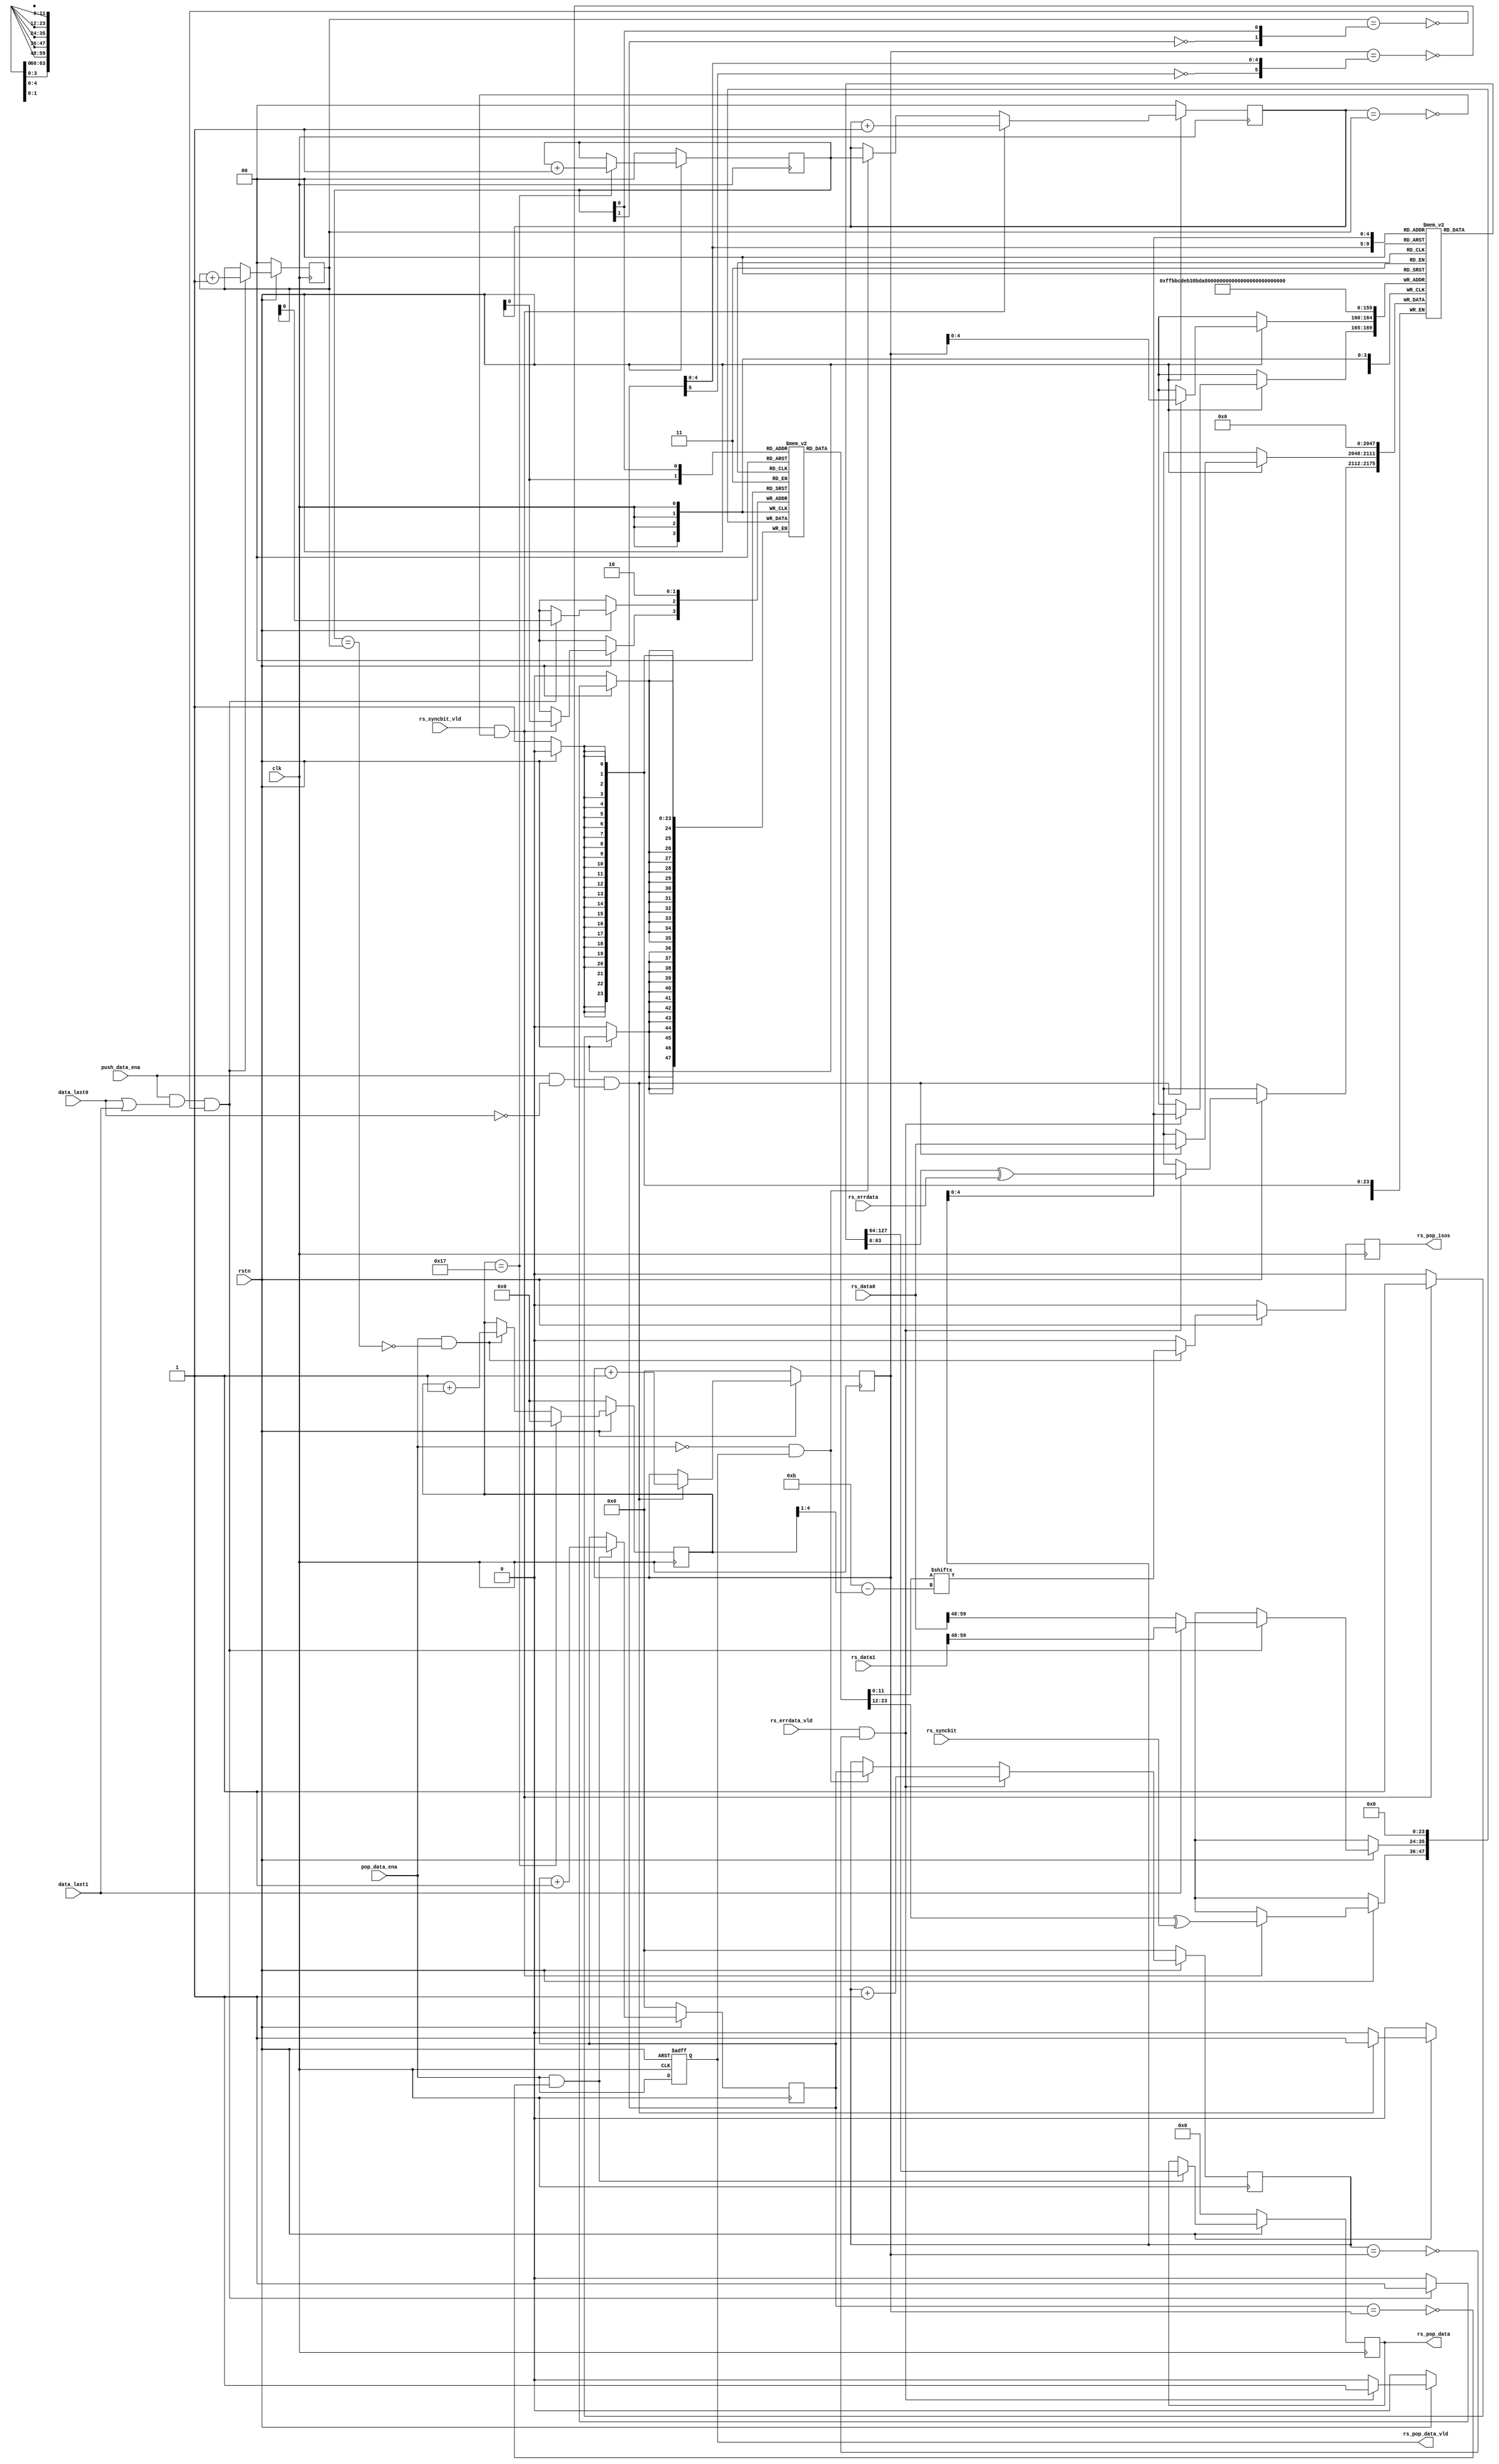
`timescale 1ns / 1ps
//////////////////////////////////////////////////////////////////////////////////
// Engineer:
//
// Design Name:
// Module Name: rs_fifo
// Project Name:
// Description:
//
// Dependencies:
//
// Revision:
// Revision 0.01 - File Created 2023/06/15 11:32:02
// Revision 0.02 - File Created 2023/10/18 20:32:21
// Additional Comments:
//
//////////////////////////////////////////////////////////////////////////////////

`ifndef D
`define D #0.2
`endif

module rs_fifo (
    input wire        clk,
    input wire        rstn,
    input wire        push_data_ena,
    input wire [63:0] rs_data0,
    input wire [63:0] rs_data1,
    input wire        data_last0,
    input wire        data_last1,

    input wire        rs_errdata_vld,
    input wire [63:0] rs_errdata,
    input wire        rs_syncbit_vld,
    input wire [11:0] rs_syncbit,
    input wire        pop_data_ena,

    output reg        rs_pop_data_vld,
    output reg [63:0] rs_pop_data,
    output reg        rs_pop_isos
);
    //======================== common used logics ========================//
    wire        data_last;
    wire [11:0] rs_data_syncbit;
    wire        pop_data_end;

    assign data_last       = data_last0 | data_last1;
    assign rs_data_syncbit = data_last1 ? rs_data1[59:48] : rs_data0[59:48];
    assign pop_data_end    = ~pop_data_ena & rs_pop_data_vld;

    always @(posedge clk or negedge rstn) begin
        if(!rstn) begin
            rs_pop_data_vld <= `D 'd0;
        end else begin
            rs_pop_data_vld <= `D pop_data_ena;
        end
    end
    //======================== data fifo logics ========================//
    reg     [63:0] data_ram      [0:31];
    reg     [ 5:0] data_wr_ptr;
    reg     [ 5:0] data_aw_ptr;
    reg     [ 5:0] data_rd_ptr;
    wire    [ 4:0] data_wr_addr;
    wire    [ 4:0] data_aw_addr;
    wire    [ 4:0] data_rd_addr;
    wire           data_wr_full;
    wire           data_aw_empty;
    wire           data_rd_empty;
    integer        i; //used for initializing data_ram

    assign data_wr_addr  = data_wr_ptr[4:0];
    assign data_aw_addr  = data_aw_ptr[4:0];
    assign data_rd_addr  = data_rd_ptr[4:0];
    assign data_wr_full  = data_wr_ptr == {~data_rd_ptr[5], data_rd_ptr[4:0]};
    assign data_aw_empty = data_aw_ptr == data_wr_ptr;
    assign data_rd_empty = data_rd_ptr == data_wr_ptr;

    always @(posedge clk) begin
        if (!rstn) begin
            data_wr_ptr <= `D 'b0;
            data_aw_ptr <= `D 'b0;
            for (i = 0; i < 32; i = i + 1) begin : reset_data_ram
                data_ram[i] <= `D {64{1'b0}};
            end
        end else begin
            if (push_data_ena & !data_last0 & !data_wr_full) begin
                data_wr_ptr            <= `D data_wr_ptr + 'b1;
                data_ram[data_wr_addr] <= `D rs_data0;
            end
            if (rs_errdata_vld & !data_aw_empty) begin
                data_aw_ptr            <= `D data_aw_ptr + 'b1;
                data_ram[data_aw_addr] <= `D data_ram[data_aw_addr] ^ rs_errdata;
            end else if (pop_data_end) begin
                data_aw_ptr            <= `D data_rd_ptr;
            end
        end
    end

    always @(posedge clk) begin
        if (!rstn) begin
            data_rd_ptr <= `D 'b0;
            rs_pop_data <= `D {64{1'b0}};
        end else if (pop_data_ena & !data_rd_empty) begin
            data_rd_ptr <= `D data_rd_ptr + 'b1;
            rs_pop_data <= `D data_ram[data_rd_addr];
        end else begin
            data_rd_ptr <= `D data_rd_ptr;
            rs_pop_data <= `D rs_pop_data;
        end
    end
    //======================== isos fifo logics ========================//
    reg  [11:0] isos_ram         [0:1];
    reg  [ 1:0] isos_wr_ptr;
    reg  [ 1:0] isos_aw_ptr;
    reg  [ 1:0] isos_rd_ptr;
    wire        isos_wr_full;
    wire        isos_aw_empty;
    wire        isos_rd_empty;
    reg  [ 4:0] counter_pop_isos;
    wire [ 3:0] sync_bit_loc;

    assign isos_wr_full  = isos_wr_ptr == {~isos_rd_ptr[1], isos_rd_ptr[0]};
    assign isos_aw_empty = isos_aw_ptr == isos_wr_ptr;
    assign isos_rd_empty = isos_rd_ptr == isos_wr_ptr;

    always @(posedge clk) begin
        if (!rstn) begin
            isos_wr_ptr <= `D 'b0;
            isos_aw_ptr <= `D 'b0;
            isos_ram[0] <= `D 'b0;
            isos_ram[1] <= `D 'b0;
        end else begin
            if (push_data_ena & data_last & !isos_wr_full) begin
                isos_wr_ptr              <= `D isos_wr_ptr + 'b1;
                isos_ram[isos_wr_ptr[0]] <= `D rs_data_syncbit;
            end
            if (rs_syncbit_vld & !isos_aw_empty) begin
                isos_aw_ptr              <= `D isos_aw_ptr + 'b1;
                isos_ram[isos_aw_ptr[0]] <= `D isos_ram[isos_aw_ptr[0]] ^ rs_syncbit;
            end else if (pop_data_end) begin
                isos_aw_ptr            <= `D isos_rd_ptr;
            end
        end
    end

    always @(posedge clk) begin
        if (!rstn) begin
            isos_rd_ptr      <= `D 'b0;
            counter_pop_isos <= `D 'd0;
        end else if (counter_pop_isos == 'd23) begin
            isos_rd_ptr      <= `D isos_rd_ptr + 'b1;
            counter_pop_isos <= `D 'd0;
        end else if (pop_data_ena & !isos_rd_empty) begin
            isos_rd_ptr      <= `D isos_rd_ptr;
            counter_pop_isos <= `D counter_pop_isos + 'd1;
        end else begin
            isos_rd_ptr      <= `D isos_rd_ptr;
            counter_pop_isos <= `D counter_pop_isos;
        end
    end

    assign sync_bit_loc = counter_pop_isos[4:1];

    always @(posedge clk) begin
        if (!rstn) begin
            rs_pop_isos <= `D 'b0;
        end else if (pop_data_ena & !isos_rd_empty) begin
            rs_pop_isos <= `D isos_ram[isos_rd_ptr[0]]['d11-sync_bit_loc];
        end else begin
            rs_pop_isos <= `D 'b0;
        end
    end

    //======================== read ram items ========================//
    wire [11:0] dbg_isos_ram_0  = isos_ram[0];
    wire [11:0] dbg_isos_ram_1  = isos_ram[1];
    wire [63:0] dbg_data_ram_0  = data_ram[0];
    wire [63:0] dbg_data_ram_1  = data_ram[1];
    wire [63:0] dbg_data_ram_2  = data_ram[2];
    wire [63:0] dbg_data_ram_3  = data_ram[3];
    wire [63:0] dbg_data_ram_4  = data_ram[4];
    wire [63:0] dbg_data_ram_5  = data_ram[5];
    wire [63:0] dbg_data_ram_6  = data_ram[6];
    wire [63:0] dbg_data_ram_7  = data_ram[7];
    wire [63:0] dbg_data_ram_8  = data_ram[8];
    wire [63:0] dbg_data_ram_9  = data_ram[9];
    wire [63:0] dbg_data_ram_10 = data_ram[10];
    wire [63:0] dbg_data_ram_11 = data_ram[11];
    wire [63:0] dbg_data_ram_12 = data_ram[12];
    wire [63:0] dbg_data_ram_13 = data_ram[13];
    wire [63:0] dbg_data_ram_14 = data_ram[14];
    wire [63:0] dbg_data_ram_15 = data_ram[15];
    wire [63:0] dbg_data_ram_16 = data_ram[16];
    wire [63:0] dbg_data_ram_17 = data_ram[17];
    wire [63:0] dbg_data_ram_18 = data_ram[18];
    wire [63:0] dbg_data_ram_19 = data_ram[19];
    wire [63:0] dbg_data_ram_20 = data_ram[20];
    wire [63:0] dbg_data_ram_21 = data_ram[21];
    wire [63:0] dbg_data_ram_22 = data_ram[22];
    wire [63:0] dbg_data_ram_23 = data_ram[23];
    wire [63:0] dbg_data_ram_24 = data_ram[24];
    wire [63:0] dbg_data_ram_25 = data_ram[25];
    wire [63:0] dbg_data_ram_26 = data_ram[26];
    wire [63:0] dbg_data_ram_27 = data_ram[27];
    wire [63:0] dbg_data_ram_28 = data_ram[28];
    wire [63:0] dbg_data_ram_29 = data_ram[29];
    wire [63:0] dbg_data_ram_30 = data_ram[30];
    wire [63:0] dbg_data_ram_31 = data_ram[31];

endmodule